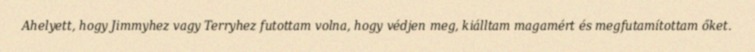
Ahelyett, hogy Jimmyhez vagy Terryhez futottam volna, hogy védjen meg, kiálltam magamért és megfutamítottam őket.